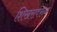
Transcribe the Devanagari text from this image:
शिखरावरुन